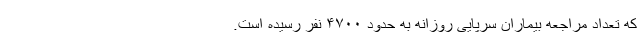
که تعداد مراجعه بیماران سرپایی روزانه به حدود ۴۷۰۰ نفر رسیده است.